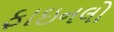
ફાઇનલો